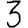
Digit: 3